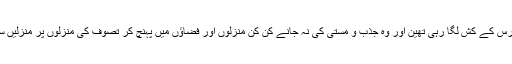
وہ ہیروئن اور چرس کے کش لگا رہی تھین اور وہ جذب و مستی کی نہ جانے کن کن منزلوں اور فضاؤں میں پہنچ کر تصوف کی منزلوں پر منزلیں سر کر رہیں تھیں۔